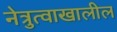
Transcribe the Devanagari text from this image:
नेत्रुत्वाखालील